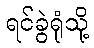
ရင်ခွဲရုံသို့